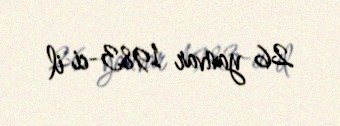
26 yanvar 1983-ci il